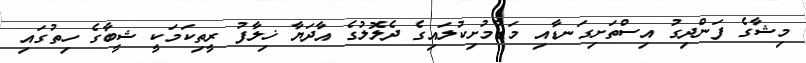
މިޝާގެ ފަންދިގު އިސްތަށިގަނޑާއި މަޑުމުށިކުލައިގެ ދެލޮލުގެ އާދަޔާ ޚިލާފު ރީތިކަމަކީ ޝީބާގެ ހިތުގައި